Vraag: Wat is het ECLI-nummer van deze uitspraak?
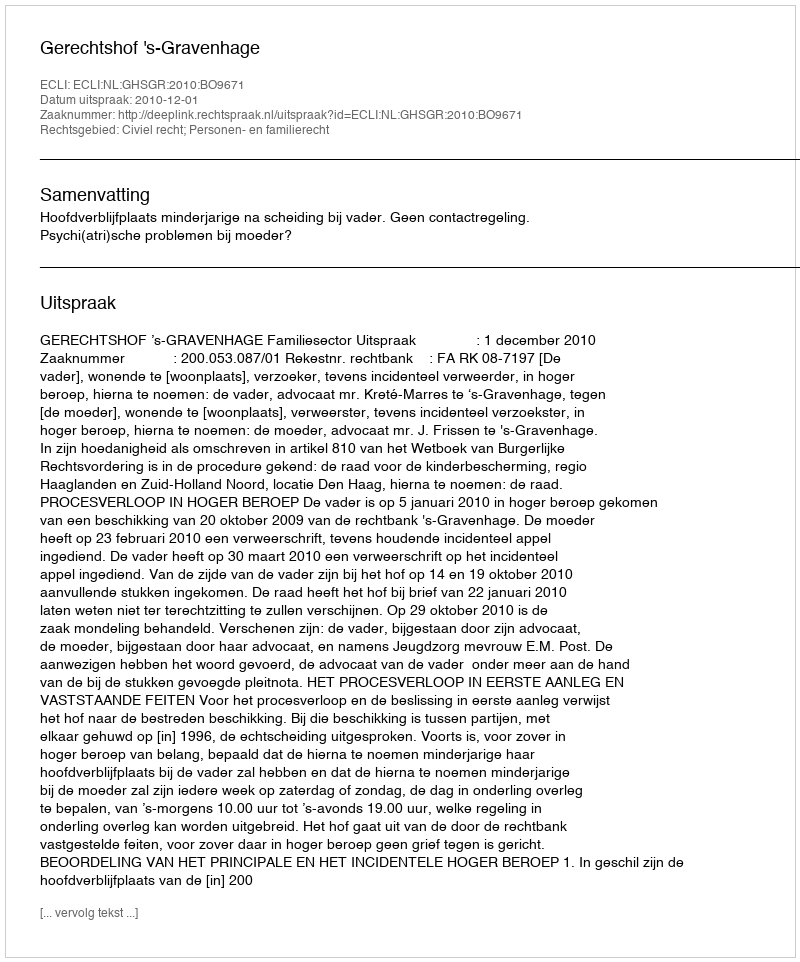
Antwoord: ECLI:NL:GHSGR:2010:BO9671